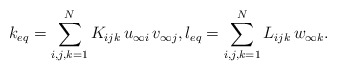
\begin{align*} k_{eq} = \sum_{i,j,k=1}^N K_{ijk}\,u_{\infty i}\,v_{\infty j}, l_{eq} = \sum_{i,j,k=1}^N L_{ijk}\,w_{\infty k}.\end{align*}